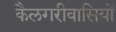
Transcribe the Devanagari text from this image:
कैलगरीवासियों